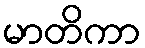
မာတိကာ